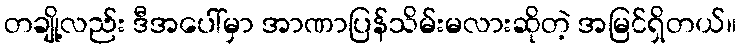
တချို့လည်း ဒီအပေါ်မှာ အာဏာပြန်သိမ်းမလားဆိုတဲ့ အမြင်ရှိတယ်။